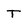
Character: T